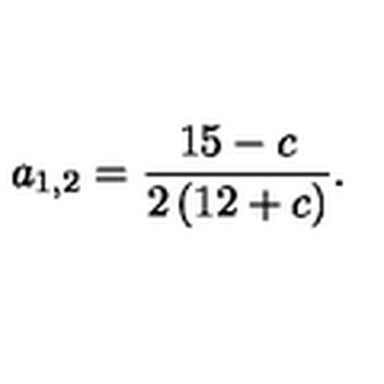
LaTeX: a _ { 1 , 2 } = \frac { 1 5 - c } { 2 \left( 1 2 + c \right) } .